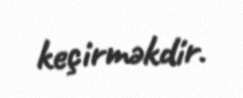
keçirməkdir.